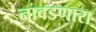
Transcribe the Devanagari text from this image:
नावडणारा